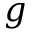
g